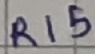
Text: R15